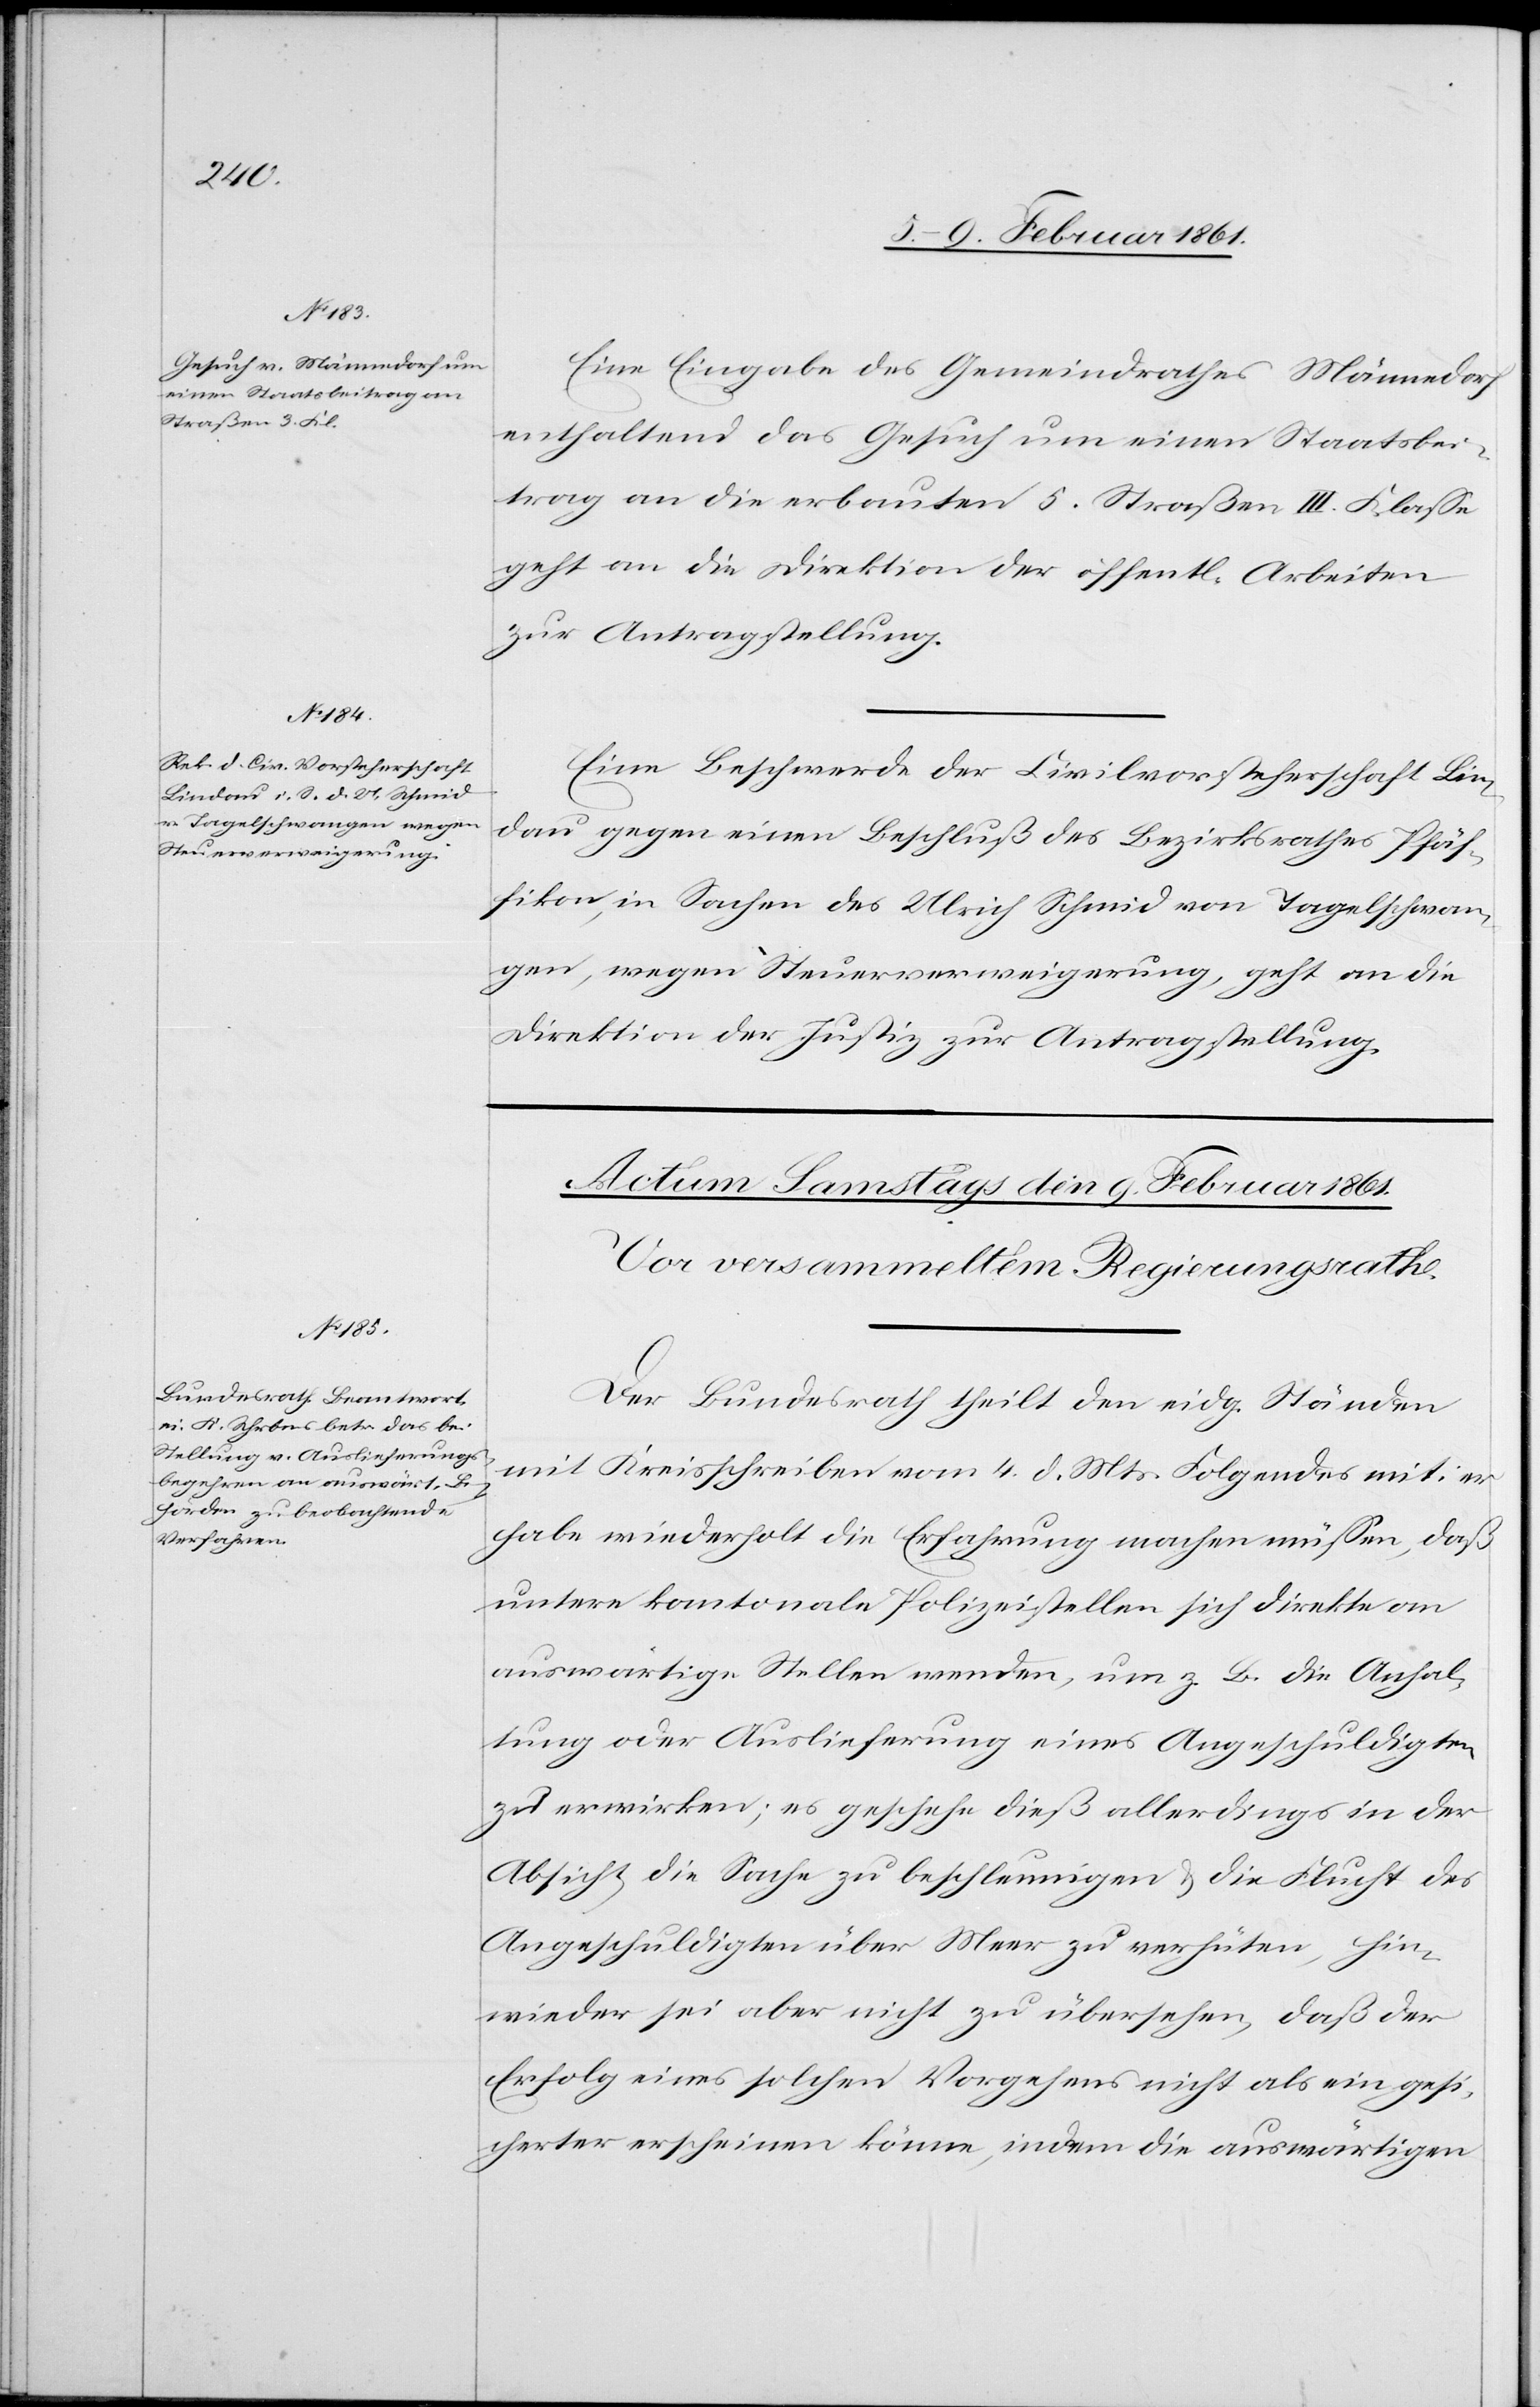
den 8. Februar 1861.]
Eine Eingabe des Gemeindrathes Männedorf
enthaltend das Gesuch um einen Staatsbei¬
trag an die erbauten 5. Straßen III. Klasse
geht an die Direktion der öffentl. Arbeiten
zur Antragstellung.
Eine Beschwerde der Civilvorsteherschaft Lin¬
dau gegen einen Beschluß des Bezirksrathes Pfäf¬
fikon, in Sachen des Ulrich Schmid von Tagelschwan¬
gen, wegen Steuerverweigerung, geht an die
Direktion der Justiz zur Antragstellung.
Der Bundesrath theilt den eidg. Ständen
mit Kreisschreiben vom 4. d. Mts. Folgendes mit: er
habe wiederholt die Erfahrung machen müssen, daß
untere kantonale Polizeistellen sich direkte an
auswärtige Stellen wenden, um z. B. die Anhal¬
tung oder Auslieferung eines Angeschuldigten
zu erwirken; es geschehe dieß allerdings in der
Absicht, die Sache zu beschleunigen u. die Flucht des
Angeschuldigten über Meer zu verhüten, hin¬
wieder sei aber nicht zu übersehen, daß der
Erfolg eines solchen Vorgehens nicht als ein gesi¬
cherter erscheinen könne, indem die auswärtigen